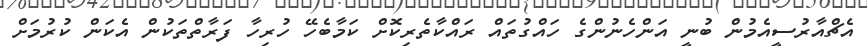
އެޗްއާރުސީއެމުން ބުނީ އަންހެނުންގެ ހައްގުތައް ރައްކާތެރިކޮށް ކަމާބެހޭ ހުރިހާ ފަރާތްތަކުން އެކަން ކުރުމަށް